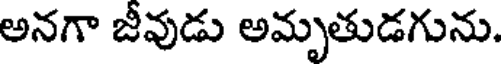
అనగా జీవుడు అమృతుడగును.